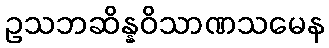
ဥသဘဆိန္နဝိသာဏသမေန